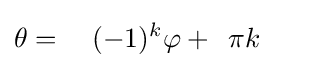
\theta ={\phantom {\quad }}(-1)^{k}\varphi +{\phantom {2}}\pi k{\phantom {+\pi }}